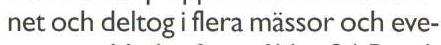
net och deltog flera mässor och eve-